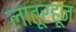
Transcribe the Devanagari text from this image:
लातूरहून